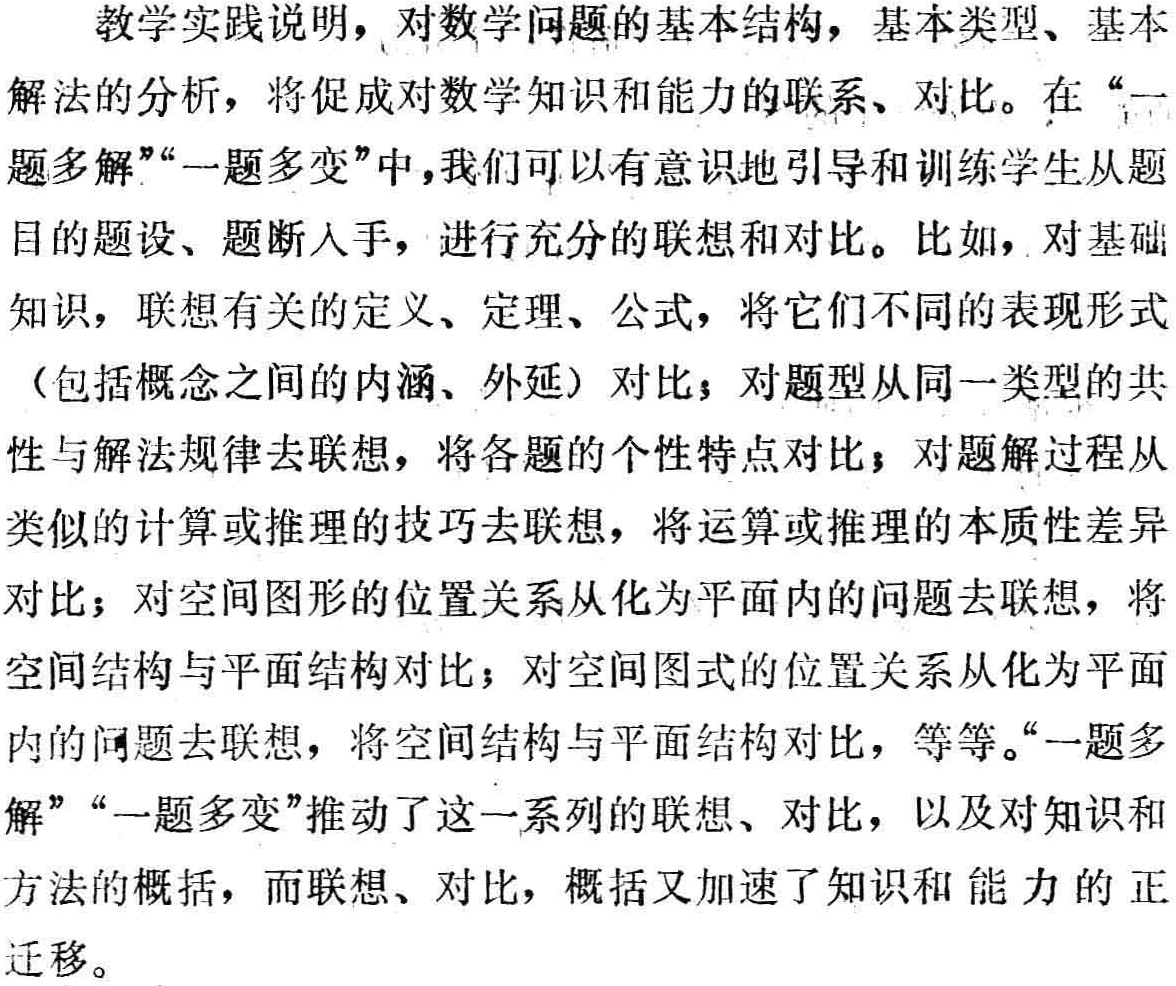
教学实践说明，对数学问题的基本结构，基本类型、基本

解法的分析，将促成对数学知识和能力的联系、对比。在“一

题多解”“一题多变”中，我们可以有意识地引导和训练学生从题

目的题设、题断入手，进行充分的联想和对比。比如，对基础

知识，联想有关的定义、定理、公式，将它们不同的表现形式

（包括概念之间的内涵、外延）对比；对题型从同一类型的共

性与解法规律去联想，将各题的个性特点对比；对题解过程从

类似的计算或推理的技巧去联想，将运算或推理的本质性差异

对比；对空间图形的位置关系从化为平面内的问题去联想，将

空间结构与平面结构对比；对空间图式的位置关系从化为平面

内的问题去联想，将空间结构与平面结构对比，等等。“一题多

解”“一题多变”推动了这一系列的联想、对比，以及对知识和

方法的概括，而联想、对比，概括又加速了知识和能力的正

迁移。